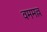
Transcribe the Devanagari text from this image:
वममल्ल